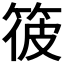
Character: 𥭪